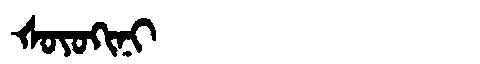
Manchu: ᡧᠣᠶᠣᡴᡳᠨᡳ
Romanization: ŠOYOKINI